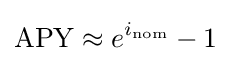
{\text{APY}}\approx e^{i_{\text{nom}}}-1